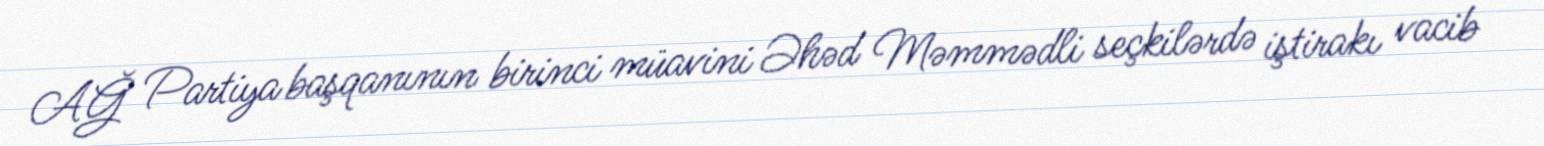
AĞ Partiya başqanının birinci müavini Əhəd Məmmədli seçkilərdə iştirakı vacib